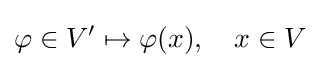
\varphi \in V'\mapsto \varphi (x),\quad x\in V